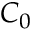
C _ { 0 }